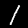
Label: 1